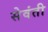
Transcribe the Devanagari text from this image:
सेवंती